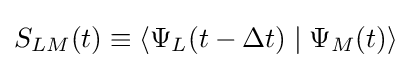
S_{LM}(t)\equiv \left\langle \Psi _{L}(t-\Delta t)\mid \Psi _{M}(t)\right\rangle